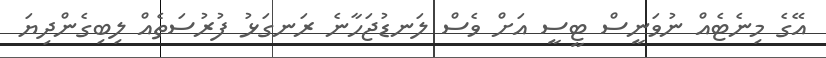
އޭގެ މިނެޓެއް ނުވަނީސް ޓީސީ އަށް ވެސް ލަނޑުޖަހާނެ ރަނގަޅު ފުރުސަތެއް ލިބިގެންދިޔަ